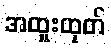
အထူးထုတ်